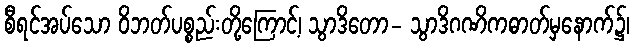
စီရင်အပ်သော ဝိဘတ်ပစ္စည်းတို့ကြောင့်၊ သွာဒိတော- သွာဒိဂဏိကဓာတ်မှနောက်၌၊